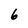
Character: 6